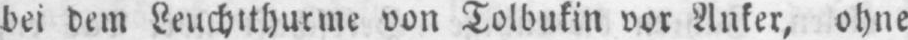
bei dem Leuchtthurme von Tolbukin vor Anker, ohne